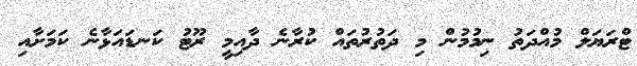
ޓްރަޔަލް މުއްދަތު ނިމުމުން މި ދަތުރުތައް ކުރާނެ ދާއިމީ ރޫޓު ކަނޑައަޅާނެ ކަމަށާއި